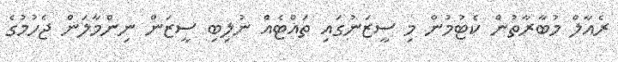
ރެއާލް މުބާރާތުން ކެޓުމުން މި ސީޒަނުގައި ތައްޓެއް ނުލިބި ސީޒަން ނިންމާލަން ޖެހުމުގެ